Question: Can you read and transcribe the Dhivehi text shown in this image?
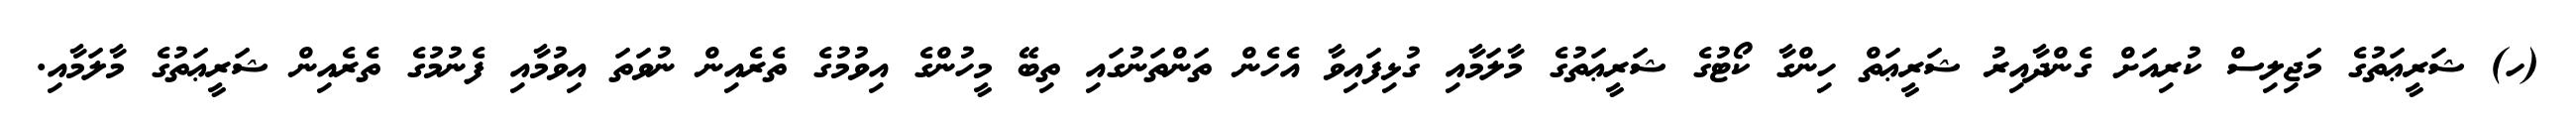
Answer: (ހ) ޝަރީޢަތުގެ މަޖިލިސް ކުރިއަށް ގެންދާއިރު ޝަރީޢަތް ހިންގާ ކޯޓުގެ ޝަރީޢަތުގެ މާލަމާއި ގުޅިފައިވާ އެހެން ތަންތަނުގައި ތިބޭ މީހުންގެ އިވުމުގެ ތެރެއިން ނުވަތަ އިވުމާއި ފެނުމުގެ ތެރެއިން ޝަރީޢަތުގެ މާލަމާއި.